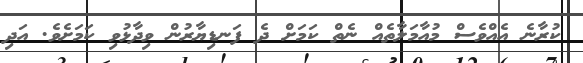
ކުރާނެ އެއްވެސް މުއާމަލާތެއް ނެތް ކަމަށް ދެ ފަނޑިޔާރުން ވިދާޅުވި ކަމަށެވެ. އަދި